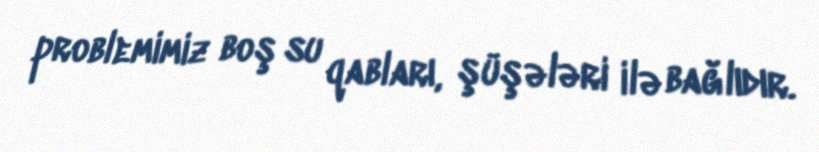
problemimiz boş su qabları, şüşələri ilə bağlıdır.